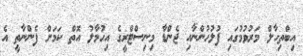
އިބްތިހާލް މަރުވުމުގައި ފުލުހުންނާއި ޖެންޑާ މިނިސްޓްރީގެ އިހުމާލު އޮތް ކަމަށް ފެންނާތީ އެ